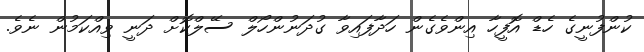
ކުންފުނީގެ ހެޑް އޮފީހާ އިންވެގެން ހަދާފައިވާ ގުދަނުންހޯލް ސޭލްކޮށް ދަނީ ވިއްކަމުން ނެވެ.